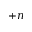
+ \boldsymbol { n }